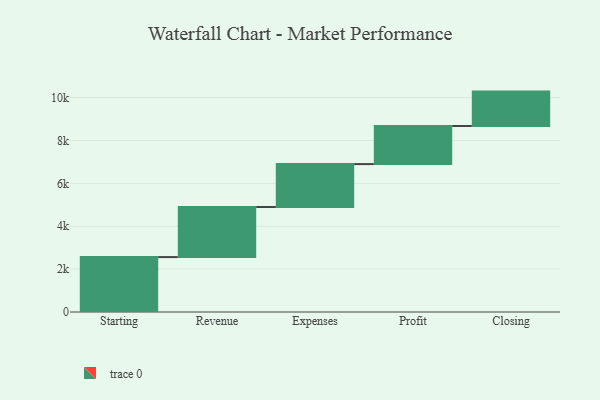
{"axis": {"x": "Step", "y": "Value"}, "legend": [""], "data": [{"x": "Starting", "y": 2561.0, "type": ""}, {"x": "Revenue", "y": 2336.0, "type": ""}, {"x": "Expenses", "y": 2002.0, "type": ""}, {"x": "Profit", "y": 1777.0, "type": ""}, {"x": "Closing", "y": 1604.0, "type": ""}]}